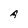
Character: A